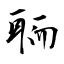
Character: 聏